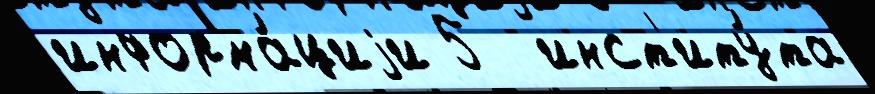
информа́циjи 5  инст'иту́та